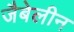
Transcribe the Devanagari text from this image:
जैबेलीन